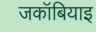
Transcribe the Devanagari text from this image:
जकॉबियाइ